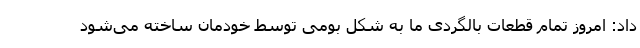
داد: امروز تمام قطعات بالگردی ما به شکل بومی توسط خودمان ساخته می‌شود